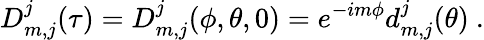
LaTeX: D_{m,j}^{j}(\tau)=D_{m,j}^{j}(\phi,\theta,0)=e^{-im\phi}d_{m,j}^{j}(\theta)\ .